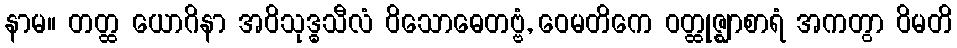
နာမ။ တတ္ထ ယောဂိနာ အဝိသုဒ္ဓသီလံ ဝိသောဓေတဗ္ဗံ, ဝေမတိကေ ဝတ္ထုဇ္ဈာစာရံ အကတွာ ဝိမတိ